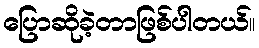
ပြောဆိုခဲ့တာဖြစ်ပါတယ်။